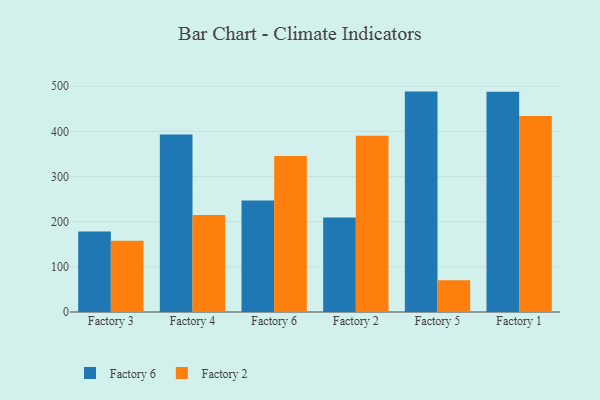
{"axis": {"x": "Factory", "y": "Humidity (%)"}, "legend": ["Factory 2", "Factory 6"], "data": [{"x": "Factory 3", "y": 178.1, "type": "Factory 6"}, {"x": "Factory 3", "y": 157.7, "type": "Factory 2"}, {"x": "Factory 4", "y": 393.4, "type": "Factory 6"}, {"x": "Factory 4", "y": 215.1, "type": "Factory 2"}, {"x": "Factory 6", "y": 246.9, "type": "Factory 6"}, {"x": "Factory 6", "y": 345.5, "type": "Factory 2"}, {"x": "Factory 2", "y": 209.4, "type": "Factory 6"}, {"x": "Factory 2", "y": 390.4, "type": "Factory 2"}, {"x": "Factory 5", "y": 488.2, "type": "Factory 6"}, {"x": "Factory 5", "y": 70.2, "type": "Factory 2"}, {"x": "Factory 1", "y": 487.7, "type": "Factory 6"}, {"x": "Factory 1", "y": 434.2, "type": "Factory 2"}]}